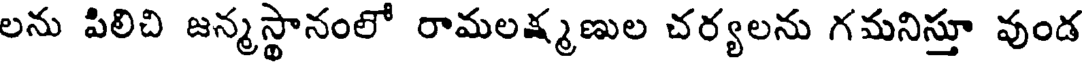
లను పిలిచి జన్మస్థానంలో రామలక్ష్మణుల చర్యలను గమనిస్తూ వుండ